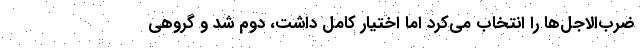
ضرب‌الاجل‌ها را انتخاب می‌کرد اما اختیار کامل داشت، دوم شد و گروهی